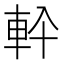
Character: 𮝂